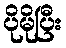
ပိုမိုပြီး